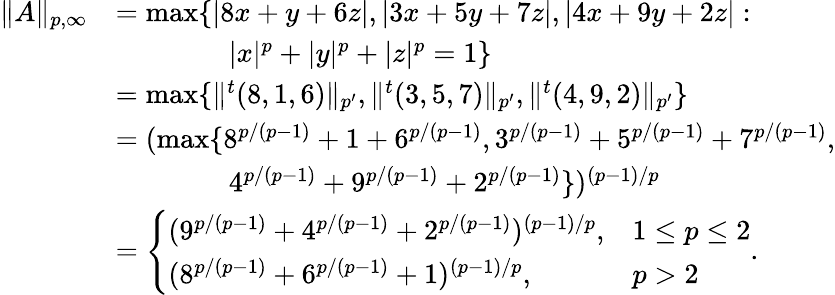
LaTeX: \begin{array}{rl}{\| A\| _{p,\infty}}&{=\operatorname*{max}\{ |8x+y+6z|,|3x+5y+7z|,|4x+9y+2z|:}\\ &{\qquad\qquad|x|^{p}+|y|^{p}+|z|^{p}=1\} }\\ &{=\operatorname*{max}\{ \| ^{t}(8,1,6)\| _{p^{\prime}},\| ^{t}(3,5,7)\| _{p^{\prime}},\| ^{t}(4,9,2)\| _{p^{\prime}}\} }\\ &{=(\operatorname*{max}\{ 8^{p/(p-1)}+1+6^{p/(p-1)},3^{p/(p-1)}+5^{p/(p-1)}+7^{p/(p-1)},}\\ &{\qquad\qquad 4^{p/(p-1)}+9^{p/(p-1)}+2^{p/(p-1)}\} )^{(p-1)/p}}\\ &{=\left\{ \begin{array}{ll}{(9^{p/(p-1)}+4^{p/(p-1)}+2^{p/(p-1)})^{(p-1)/p},}&{1\le p\le 2}\\ {(8^{p/(p-1)}+6^{p/(p-1)}+1)^{(p-1)/p},}&{p>2}\end{array}\right..}\end{array}